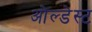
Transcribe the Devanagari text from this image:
ओल्डेस्ट